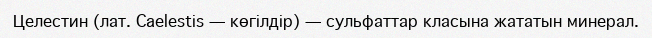
Целестин (лат. Caelestіs — көгілдір) — сульфаттар класына жататын минерал.